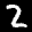
Label: 2